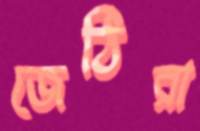
জেঠিরা